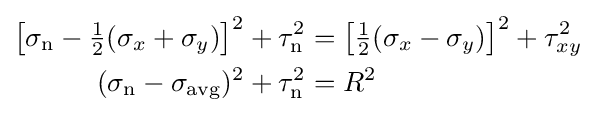
{\begin{aligned}\left[\sigma _{\mathrm {n} }-{\tfrac {1}{2}}(\sigma _{x}+\sigma _{y})\right]^{2}+\tau _{\mathrm {n} }^{2}&=\left[{\tfrac {1}{2}}(\sigma _{x}-\sigma _{y})\right]^{2}+\tau _{xy}^{2}\\(\sigma _{\mathrm {n} }-\sigma _{\mathrm {avg} })^{2}+\tau _{\mathrm {n} }^{2}&=R^{2}\end{aligned}}